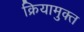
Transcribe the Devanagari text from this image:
क्रियामुक्त